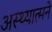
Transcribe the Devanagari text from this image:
अस्थ्यात्मने